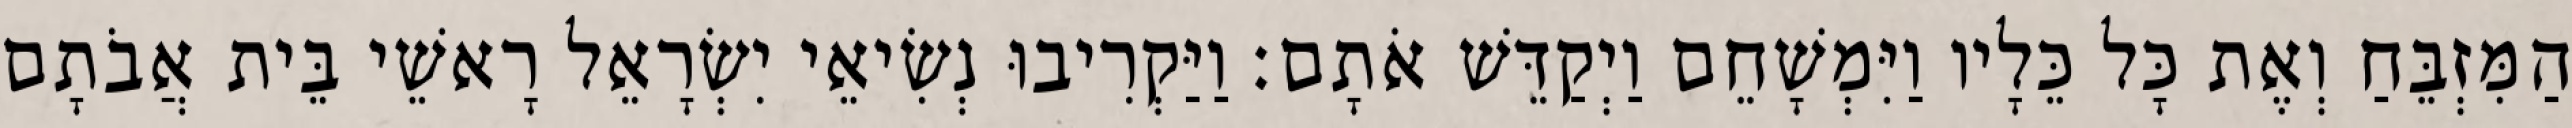
הַמִּזְבֵּחַ וְאֶת כָּל כֵּלָיו וַיִּמְשָׁחֵם וַיְקַדֵּשׁ אֹתָם׃ וַיַּקְרִיבוּ נְשִׂיאֵי יִשְׂרָאֵל רָאשֵׁי בֵּית אֲבֹתָם